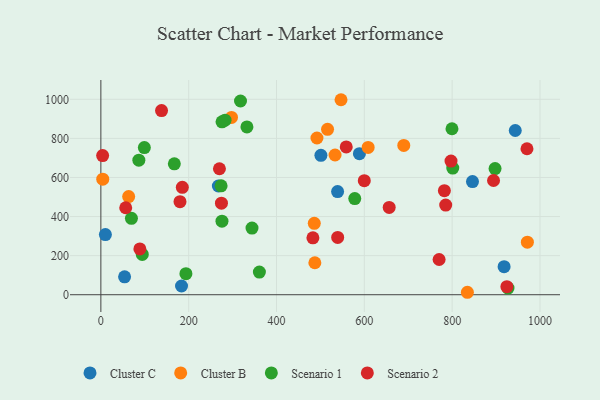
{"axis": {"x": "Ad Spend", "y": "Exam Score"}, "legend": ["Cluster B", "Cluster C", "Scenario 1", "Scenario 2"], "data": [{"x": "183.7", "y": 44.7, "type": "Cluster C"}, {"x": "943.7", "y": 840.4, "type": "Cluster C"}, {"x": "54.0", "y": 91.8, "type": "Cluster C"}, {"x": "588.8", "y": 722.0, "type": "Cluster C"}, {"x": "846.3", "y": 578.9, "type": "Cluster C"}, {"x": "539.1", "y": 527.7, "type": "Cluster C"}, {"x": "501.1", "y": 713.4, "type": "Cluster C"}, {"x": "10.3", "y": 307.8, "type": "Cluster C"}, {"x": "267.6", "y": 556.3, "type": "Cluster C"}, {"x": "918.3", "y": 143.7, "type": "Cluster C"}, {"x": "297.5", "y": 907.5, "type": "Cluster B"}, {"x": "487.3", "y": 163.7, "type": "Cluster B"}, {"x": "492.1", "y": 802.1, "type": "Cluster B"}, {"x": "486.0", "y": 365.3, "type": "Cluster B"}, {"x": "63.3", "y": 502.5, "type": "Cluster B"}, {"x": "516.2", "y": 846.4, "type": "Cluster B"}, {"x": "4.3", "y": 591.3, "type": "Cluster B"}, {"x": "533.3", "y": 715.0, "type": "Cluster B"}, {"x": "689.8", "y": 763.8, "type": "Cluster B"}, {"x": "834.7", "y": 12.5, "type": "Cluster B"}, {"x": "546.9", "y": 997.9, "type": "Cluster B"}, {"x": "971.3", "y": 268.9, "type": "Cluster B"}, {"x": "608.7", "y": 753.6, "type": "Cluster B"}, {"x": "344.2", "y": 340.9, "type": "Scenario 1"}, {"x": "275.8", "y": 376.4, "type": "Scenario 1"}, {"x": "799.6", "y": 849.4, "type": "Scenario 1"}, {"x": "897.7", "y": 645.3, "type": "Scenario 1"}, {"x": "193.7", "y": 107.9, "type": "Scenario 1"}, {"x": "318.0", "y": 991.5, "type": "Scenario 1"}, {"x": "578.2", "y": 492.0, "type": "Scenario 1"}, {"x": "99.0", "y": 752.9, "type": "Scenario 1"}, {"x": "361.0", "y": 116.1, "type": "Scenario 1"}, {"x": "282.8", "y": 893.5, "type": "Scenario 1"}, {"x": "167.3", "y": 669.9, "type": "Scenario 1"}, {"x": "801.4", "y": 647.9, "type": "Scenario 1"}, {"x": "273.8", "y": 557.1, "type": "Scenario 1"}, {"x": "275.9", "y": 884.6, "type": "Scenario 1"}, {"x": "86.5", "y": 688.3, "type": "Scenario 1"}, {"x": "332.6", "y": 858.6, "type": "Scenario 1"}, {"x": "94.3", "y": 206.4, "type": "Scenario 1"}, {"x": "69.6", "y": 391.1, "type": "Scenario 1"}, {"x": "927.2", "y": 33.8, "type": "Scenario 1"}, {"x": "180.2", "y": 476.0, "type": "Scenario 2"}, {"x": "782.3", "y": 532.6, "type": "Scenario 2"}, {"x": "924.6", "y": 41.3, "type": "Scenario 2"}, {"x": "656.6", "y": 446.7, "type": "Scenario 2"}, {"x": "482.9", "y": 291.4, "type": "Scenario 2"}, {"x": "270.0", "y": 644.6, "type": "Scenario 2"}, {"x": "599.9", "y": 583.8, "type": "Scenario 2"}, {"x": "88.8", "y": 234.6, "type": "Scenario 2"}, {"x": "274.6", "y": 468.6, "type": "Scenario 2"}, {"x": "558.8", "y": 756.5, "type": "Scenario 2"}, {"x": "185.5", "y": 549.5, "type": "Scenario 2"}, {"x": "4.0", "y": 712.3, "type": "Scenario 2"}, {"x": "56.6", "y": 445.1, "type": "Scenario 2"}, {"x": "797.4", "y": 684.1, "type": "Scenario 2"}, {"x": "970.4", "y": 746.9, "type": "Scenario 2"}, {"x": "770.3", "y": 180.3, "type": "Scenario 2"}, {"x": "894.2", "y": 584.4, "type": "Scenario 2"}, {"x": "539.3", "y": 293.0, "type": "Scenario 2"}, {"x": "785.3", "y": 458.7, "type": "Scenario 2"}, {"x": "138.2", "y": 942.3, "type": "Scenario 2"}]}